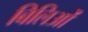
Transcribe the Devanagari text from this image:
बिलिओं